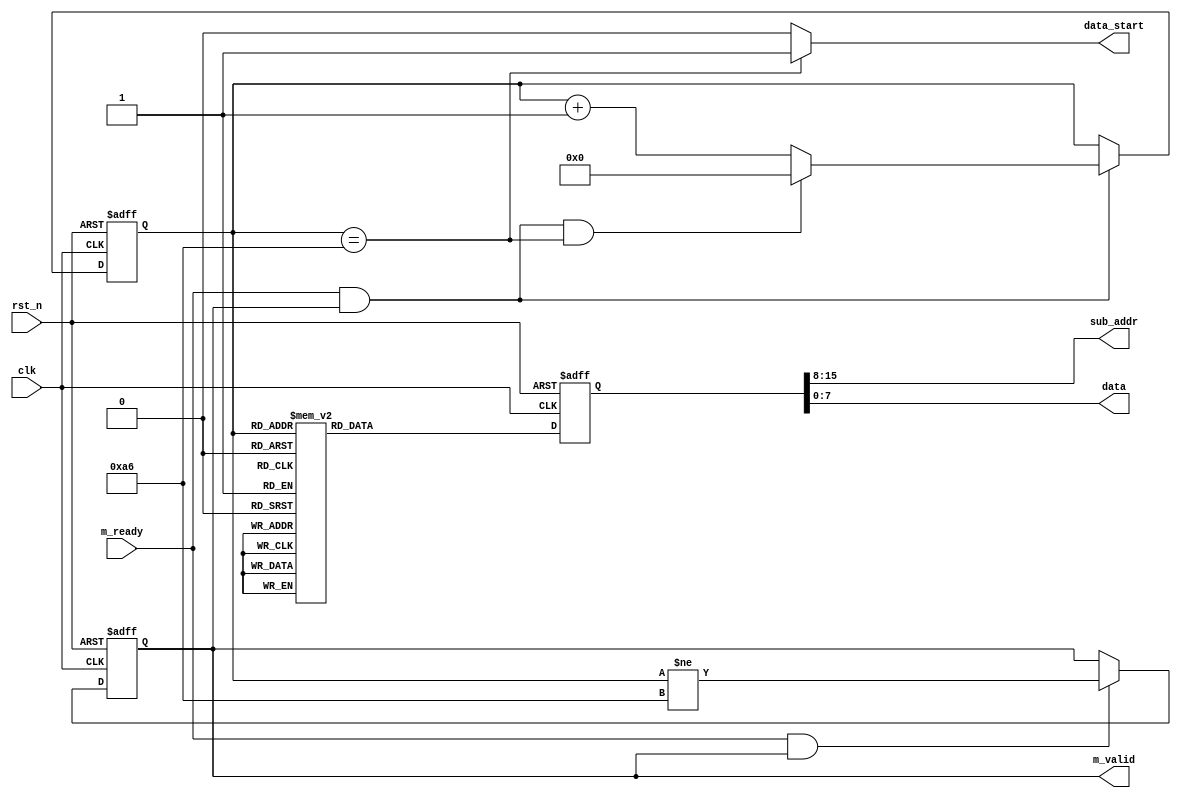
module ov_config (
	input clk,
	input rst_n,
	input m_ready,
	output [7:0]sub_addr,
	output [7:0]data,       
	output reg  m_valid,	
	output data_start
);

reg [7:0] cntr = 0;
wire add_cntr;
wire end_cntr;

reg [15:0] dout;

assign sub_addr = dout[15:8];
assign data = dout[7:0];


// the self add part of counter
always@(posedge clk or negedge rst_n)begin
	if(!rst_n)
		cntr<=0;
	else if(add_cntr)begin
		if(end_cntr)
			cntr<=0;
		else
			cntr<=cntr+1;
	end
end

assign add_cntr=m_ready&&m_valid;
assign end_cntr=add_cntr&&cntr==167-1;

//see if the output is valid.
always @ (posedge clk or negedge rst_n)begin
	if (!rst_n) 
		m_valid<=1;
   else if ( m_ready & m_valid )
      m_valid <= ( cntr != 167-1 );
end

assign  data_start =( cntr == 167-1 )?1'b1:1'b0;


// ov config information is here
always @ (posedge clk or negedge rst_n)begin
	if (!rst_n) 
		dout<=0;
	else begin
		case (cntr)
				8'd1:  dout <= 16'h1204;
				8'd2:  dout <= 16'h40d0;
				8'd3:  dout <= 16'h3a04;
				8'd4:  dout <= 16'h3dc8;
				8'd5:  dout <= 16'h1e31;
				8'd6:  dout <= 16'h6b00;
				8'd7:  dout <= 16'h32b6;
				8'd8:  dout <= 16'h1713;
				8'd9:  dout <= 16'h1801;
				8'd10: dout <= 16'h1902;
				8'd11: dout <= 16'h1a7a;
				8'd12: dout <= 16'h030a;
				8'd13: dout <= 16'h0c00;
				8'd14: dout <= 16'h3e10;
				8'd15: dout <= 16'h7000;
				8'd16: dout <= 16'h7100;
				8'd17: dout <= 16'h7211;
				8'd18: dout <= 16'h7300;
				8'd19: dout <= 16'ha202;
				8'd20: dout <= 16'h1180;
				8'd21: dout <= 16'h7a20;
				8'd22: dout <= 16'h7b1c;
				8'd23: dout <= 16'h7c28;
				8'd24: dout <= 16'h7d3c;
				8'd25: dout <= 16'h7e55;
				8'd26: dout <= 16'h7f68;
				8'd27: dout <= 16'h8076;
				8'd28: dout <= 16'h8180;
				8'd29: dout <= 16'h8288;
				8'd30: dout <= 16'h838f;
				8'd31: dout <= 16'h8496;
				8'd32: dout <= 16'h85a3;
				8'd33: dout <= 16'h86af;
				8'd34: dout <= 16'h87c4;
				8'd35: dout <= 16'h88d7;
				8'd36: dout <= 16'h89e8;
				8'd37: dout <= 16'h13e0;
				8'd38: dout <= 16'h0010;
				8'd39: dout <= 16'h1000;
				8'd40: dout <= 16'h0d00;
				8'd41: dout <= 16'h1428;
				8'd42: dout <= 16'ha505;
				8'd43: dout <= 16'hab07;
				8'd44: dout <= 16'h2475;
				8'd45: dout <= 16'h2563;
				8'd46: dout <= 16'h26a5;
				8'd47: dout <= 16'h9f78;
				8'd48: dout <= 16'ha068;
				8'd49: dout <= 16'ha103;
				8'd50: dout <= 16'ha6df;
				8'd51: dout <= 16'ha7df;
				8'd52: dout <= 16'ha8f0;
				8'd53: dout <= 16'ha990;
				8'd54: dout <= 16'haa94;
				8'd55: dout <= 16'h13ef;
				8'd56: dout <= 16'h0e61;
				8'd57: dout <= 16'h0f4b;
				8'd58: dout <= 16'h1602;
				8'd59: dout <= 16'h2102;
				8'd60: dout <= 16'h2291;
				8'd61: dout <= 16'h2907;
				8'd62: dout <= 16'h330b;
				8'd63: dout <= 16'h350b;
				8'd64: dout <= 16'h371d;
				8'd65: dout <= 16'h3871;
				8'd66: dout <= 16'h392a;
				8'd67: dout <= 16'h3c78;
				8'd68: dout <= 16'h4d40;
				8'd69: dout <= 16'h4e20;
				8'd70: dout <= 16'h6900;
				8'd71: dout <= 16'h7419;
				8'd72: dout <= 16'h8d4f;
				8'd73: dout <= 16'h8e00;
				8'd74: dout <= 16'h8f00;
				8'd75: dout <= 16'h9000;
				8'd76: dout <= 16'h9100;
				8'd77: dout <= 16'h9200;
				8'd78: dout <= 16'h9600;
				8'd79: dout <= 16'h9a80;
				8'd80: dout <= 16'hb084;
				8'd81: dout <= 16'hb10c;
				8'd82: dout <= 16'hb20e;
				8'd83: dout <= 16'hb382;
				8'd84:  dout <= 16'hb80a;
				8'd85:  dout <= 16'h4314;
				8'd86:  dout <= 16'h44f0;
				8'd87:  dout <= 16'h4534;
				8'd88:  dout <= 16'h4658;
				8'd89:  dout <= 16'h4728;
				8'd90:  dout <= 16'h483a;
				8'd91:  dout <= 16'h5988;
				8'd92:  dout <= 16'h5a88;
				8'd93:  dout <= 16'h5b44;
				8'd94:  dout <= 16'h5c67;
				8'd95:  dout <= 16'h5d49;
				8'd96:  dout <= 16'h5e0e;
				8'd97:  dout <= 16'h6404;
				8'd98:  dout <= 16'h6520;
				8'd99:  dout <= 16'h6605;
				8'd100: dout <= 16'h9404;
				8'd101: dout <= 16'h9508;
				8'd102: dout <= 16'h6c0a;
				8'd103: dout <= 16'h6d55;
				8'd104: dout <= 16'h6e11;
				8'd105: dout <= 16'h6f9f;
				8'd106: dout <= 16'h6a40;
				8'd107: dout <= 16'h0140;
				8'd108: dout <= 16'h0240;
				8'd109: dout <= 16'h13e7;
				8'd110: dout <= 16'h1500;
				8'd111: dout <= 16'h4f80;
				8'd112: dout <= 16'h5080;
				8'd113: dout <= 16'h5100;
				8'd114: dout <= 16'h5222;
				8'd115: dout <= 16'h535e;
				8'd116: dout <= 16'h5480;
				8'd117: dout <= 16'h589e;
				8'd118: dout <= 16'h4108;
				8'd119: dout <= 16'h3f00;
				8'd120: dout <= 16'h7505;
				8'd121: dout <= 16'h76e1;
				8'd122: dout <= 16'h4c00;
				8'd123: dout <= 16'h7701;
				8'd124: dout <= 16'h4b09;
				8'd125: dout <= 16'hc9F0;
				8'd126: dout <= 16'h4138;
				8'd127: dout <= 16'h5640;
				8'd128: dout <= 16'h3411;
				8'd129: dout <= 16'h3b02;
				8'd130: dout <= 16'ha489;
				8'd131: dout <= 16'h9600;
				8'd132: dout <= 16'h9730;
				8'd133: dout <= 16'h9820;
				8'd134: dout <= 16'h9930;
				8'd135: dout <= 16'h9a84;
				8'd136: dout <= 16'h9b29;
				8'd137: dout <= 16'h9c03;
				8'd138: dout <= 16'h9d4c;
				8'd139: dout <= 16'h9e3f;
				8'd140: dout <= 16'h7804;
				8'd141: dout <= 16'h7901;
				8'd142: dout <= 16'hc8f0;
				8'd143: dout <= 16'h790f;
				8'd144: dout <= 16'hc800;
				8'd145: dout <= 16'h7910;
				8'd146: dout <= 16'hc87e;
				8'd147: dout <= 16'h790a;
				8'd148: dout <= 16'hc880;
				8'd149: dout <= 16'h790b;
				8'd150: dout <= 16'hc801;
				8'd151: dout <= 16'h790c;
				8'd152: dout <= 16'hc80f;
				8'd153: dout <= 16'h790d;
				8'd154: dout <= 16'hc820;
				8'd155: dout <= 16'h7909;
				8'd156: dout <= 16'hc880;
				8'd157: dout <= 16'h7902;
				8'd158: dout <= 16'hc8c0;
				8'd159: dout <= 16'h7903;
				8'd160: dout <= 16'hc840;
				8'd161: dout <= 16'h7905;
				8'd162: dout <= 16'hc830;
				8'd163: dout <= 16'h7926;
				8'd164: dout <= 16'h0903;
				8'd165: dout <= 16'h3b42;								  
			 default:
					dout <= 16'h0000;
		endcase
	end
end
	 
endmodule